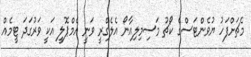
މެޗަށްފަހު ޔުވެންޓަސްގެ ކޯޗު މަސިމިލިއާނޯ އެލެގްރީ ވަނީ އެމްޕޮލީ އަކީ ވަރުގަދަ ޓީމެއް